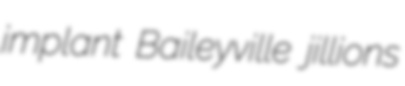
implant Baileyville jillions